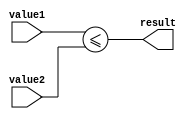
module less_than_or_equal_to_comparator (
    input [7:0] value1,
    input [7:0] value2,
    output reg result
);

always @(*) begin
    result = (value1 <= value2);
end

endmodule